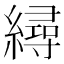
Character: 𦅀